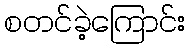
စတင်ခဲ့ကြောင်း